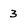
Character: 3